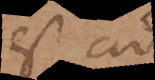
est ad